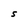
Character: S